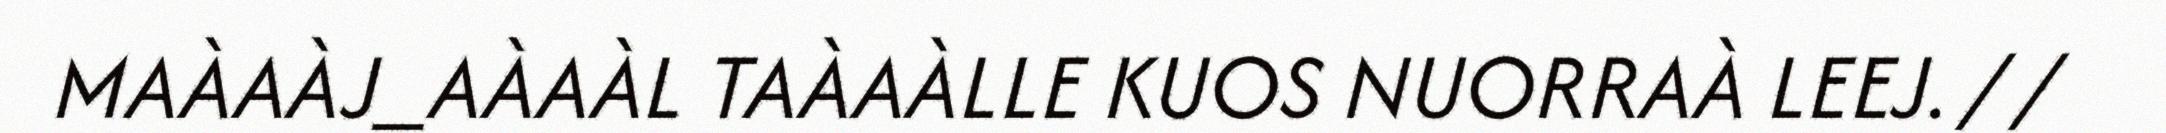
MAÀAÀJ_AÀAÀL TAÀAÀLLE KUOS NUORRAÀ LEEJ. / /